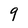
Character: 9